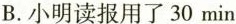
B.小明读报用了30min